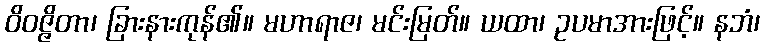
ဝိဝဇ္ဇိတာ၊ ခြားနားကုန်၏။ မဟာရာဇ၊ မင်းမြတ်။ ယထာ၊ ဥပမာအားဖြင့်။ နဘံ၊